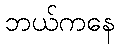
ဘယ်ကနေ